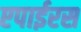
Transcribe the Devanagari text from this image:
एपाईरस